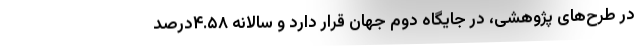
در طرح‌های پژوهشی، در جایگاه دوم جهان قرار دارد و سالانه ۴.۵۸درصد